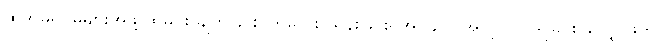
ထိုအိမ်ရှင်မများအဖို့ ထမင်း ချက်ခြင်း၊ ကလေး ထိန်းခြင်း၊ အပ်ချုပ် အလုပ်လုပ်ရခြင်း၊ လျှော်ဖွတ်